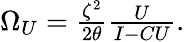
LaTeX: \begin{array}{r}{\Omega_{U}=\frac{\zeta^{2}}{2\theta}\frac{U}{I-CU}.}\end{array}